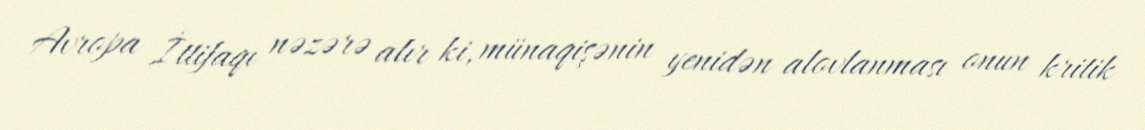
Avropa İttifaqı nəzərə alır ki, münaqişənin yenidən alovlanması onun kritik